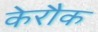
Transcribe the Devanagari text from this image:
केरौक